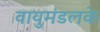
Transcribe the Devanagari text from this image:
वायुमंडलके